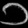
Digit: ၁